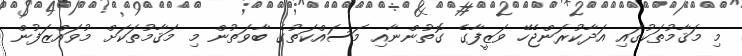
މި މަޤާމުތަކުގައި އަދާކުރަންޖެހޭ ވަޒީފާގެ ގޮތުންނާއި މަސައްކަތުގެ ބާވަތުން މި މަޤާމުތަކަށް މުވައްޒަފުން